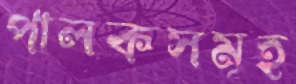
পালকসমূহ